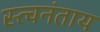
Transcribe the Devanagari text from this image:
स्त्वनंताय